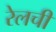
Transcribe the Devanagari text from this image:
रेलची